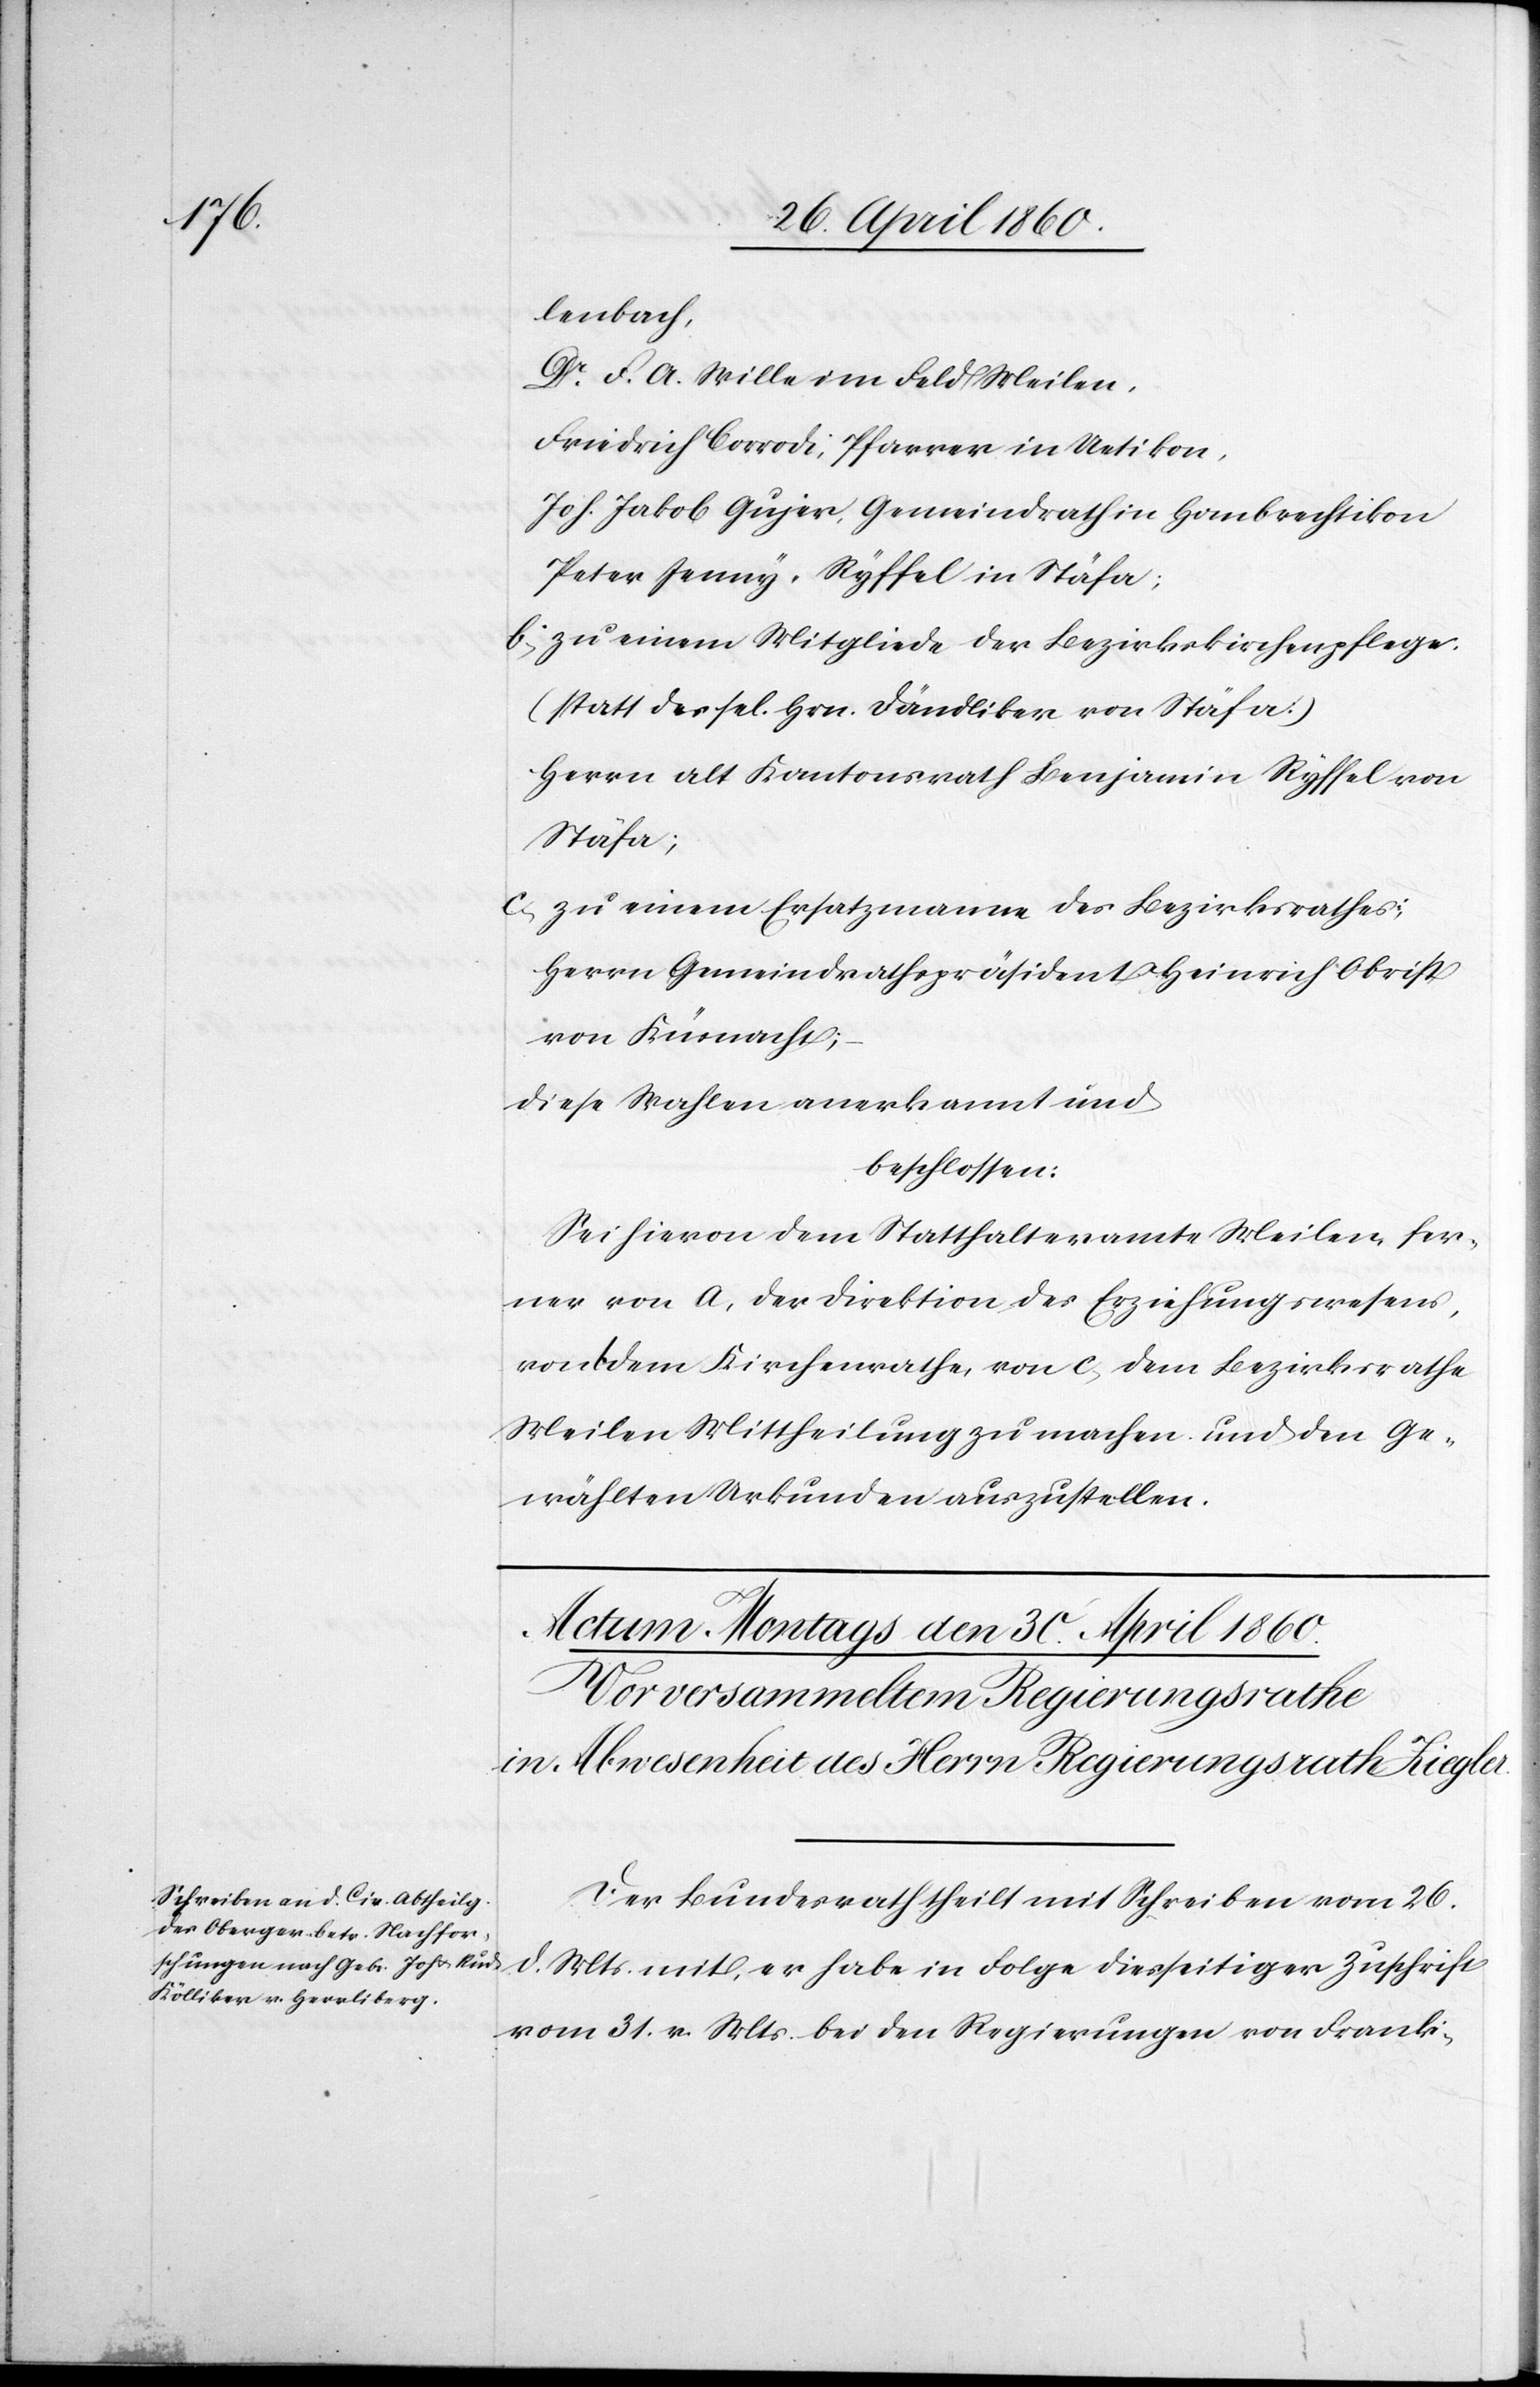
lenbach,
Dr. F. A. Wille im Feld Meilen,
Friedrich Corrodi, Pfarrer in Uetikon,
Joh. Jakob Gujer, Gemeindrath in Hombrechtikon
Peter Jenny-Ryffel in Stäfa.
b. zu einem Mitgliede der Bezirkskirchenpflege.
(statt des sel. Hrn. Dändliker von Stäfa)
Herrn alt Kantonsrath Benjamin Ryffel von
Stäfa;
c. zu einem Ersatzmann des Bezirksrathes;
Herrn Gemeindrathspräsident Heinrich Obrist
von Küsnacht;
Diese Wahlen anerkannt und
beschlossen.
Sei hievon dem Statthalteramte Meilen, fer¬
ner von a. der Direktion des Erziehungswesens,
von b, dem Kirchenrathe, von c. dem Bezirksrathe
Meilen Mittheilung zu machen und den Ge¬
wählten Urkunden auszustellen.
Der Bundesrath theilt mit Schreiben vom 26.
d. Mts. mit, er habe in Folge diesseitiger Zuschrift
vom 31. v. Mts. bei den Regierungen von Frank-